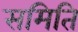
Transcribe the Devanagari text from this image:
समिति